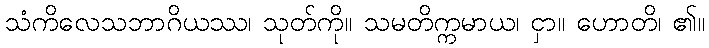
သံကိလေသဘာဂိယဿ၊ သုတ်ကို။ သမတိက္ကမာယ၊ ငှာ။ ဟောတိ၊ ၏။